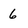
Character: 6